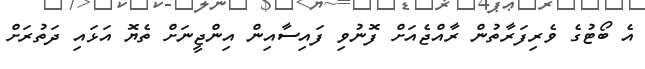
އެ ބޯޓުގެ ވެރިފަރާތުން ރާއްޖެއަށް ފޮނުވި ފައިސާއިން އިންޖީނަށް ތެޔޮ އަޅައި ދަތުރަށް